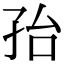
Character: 孡